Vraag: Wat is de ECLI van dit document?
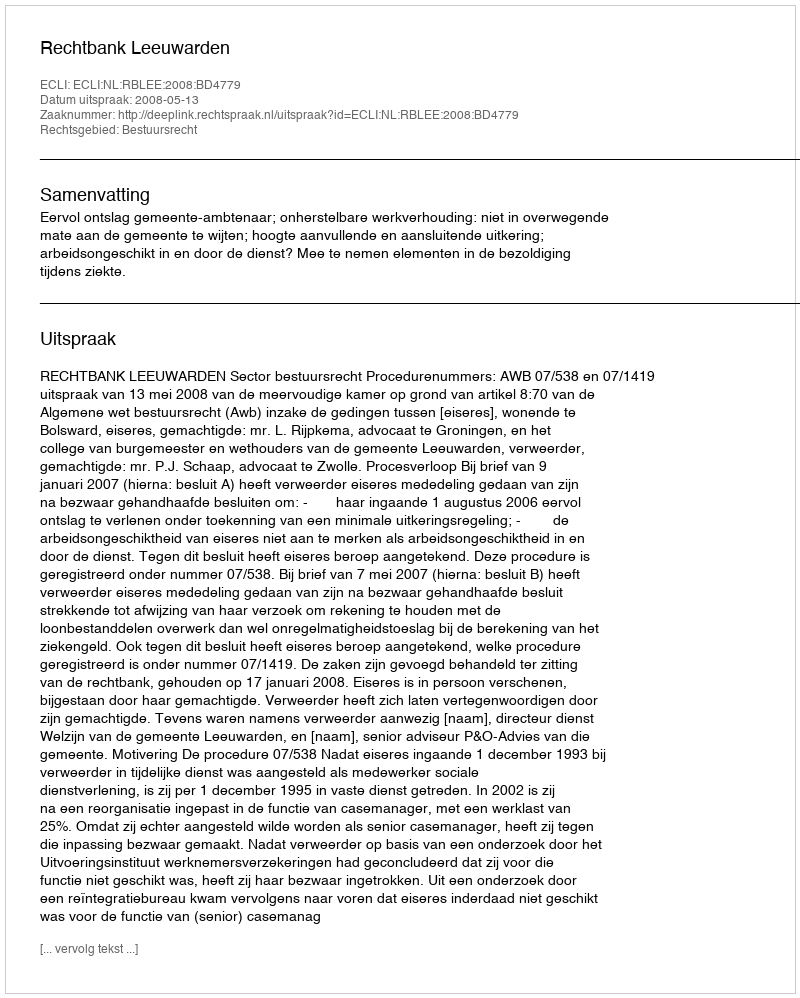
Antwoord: ECLI:NL:RBLEE:2008:BD4779